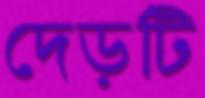
দেড়টি